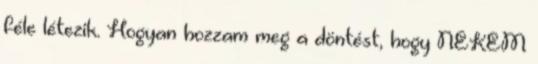
féle létezik. Hogyan hozzam meg a döntést, hogy NEKEM